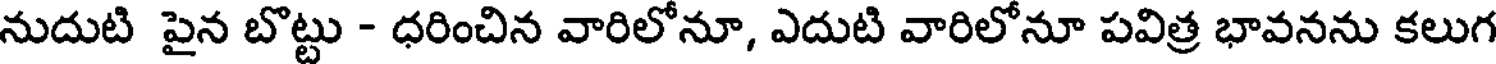
నుదుటి పైన బొట్టు - ధరించిన వారిలోనూ, ఎదుటి వారిలోనూ పవిత్ర భావనను కలుగ